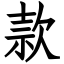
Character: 款